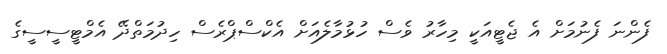
ފެންނަ ފެނުމަށް އެ ޖެޓީއަކީ މިހާރު ވެސް ހުޅުމާލެއަށް އެކްސްޕްރެސް ހިދުމަތްދޭ އެމްޓީސީސީގެ